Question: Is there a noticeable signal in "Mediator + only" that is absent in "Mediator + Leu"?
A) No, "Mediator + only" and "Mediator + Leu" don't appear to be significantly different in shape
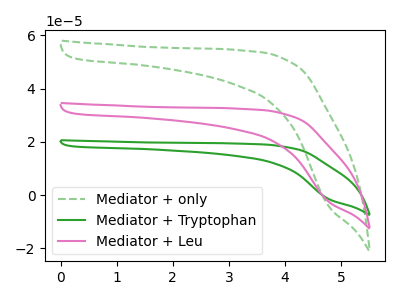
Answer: <think>The green dashed curve "Mediator + only" has no peaks. The green curve "Mediator + Tryptophan" has no peaks. The pink curve "Mediator + Leu" has no peaks.
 Neither "Mediator + only" or "Mediator + Leu" have any peaks.</think>
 <answer>A) No, "Mediator + only" and "Mediator + Leu" don't appear to be significantly different in shape</answer>
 <eval>A</eval>